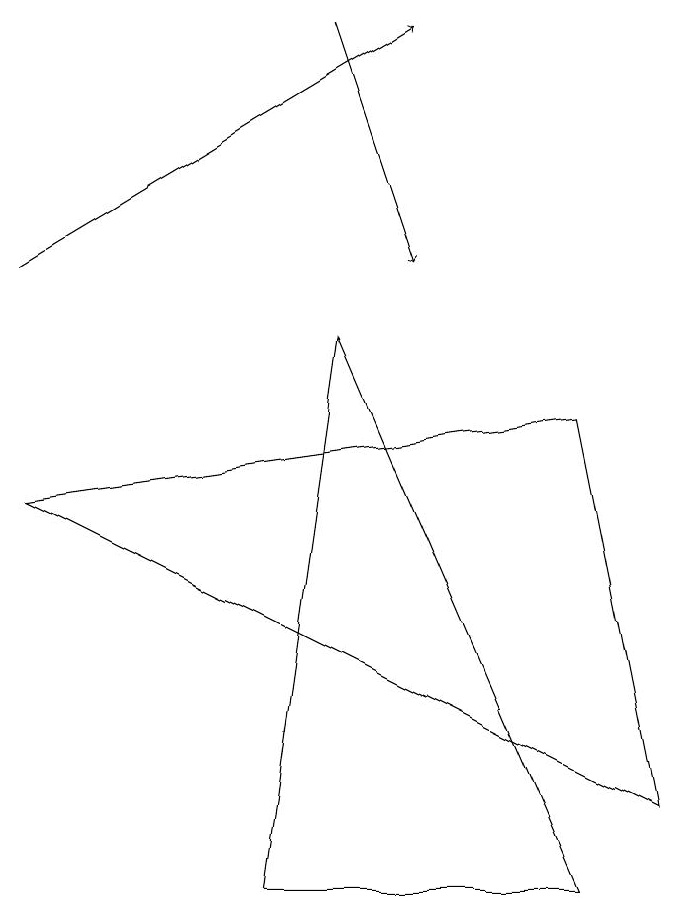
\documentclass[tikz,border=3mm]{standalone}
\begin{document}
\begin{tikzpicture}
\draw[->] (4,13) -- (5,10);
\draw[->] (0,10) -- (5,13);
\draw (0,7) -- (8,3) -- (7,8) -- cycle;
\draw (4,9) -- (7,2) -- (3,2) -- cycle;
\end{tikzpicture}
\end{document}